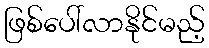
ဖြစ်ပေါ်လာနိုင်မည့်